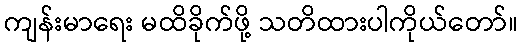
ကျန်းမာရေး မထိခိုက်ဖို့ သတိထားပါကိုယ်တော်။